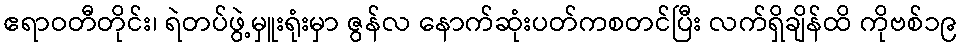
ဧရာဝတီတိုင်း၊ ရဲတပ်ဖွဲ့မှူးရုံးမှာ ဇွန်လ နောက်ဆုံးပတ်ကစတင်ပြီး လက်ရှိချိန်ထိ ကိုဗစ်၁၉